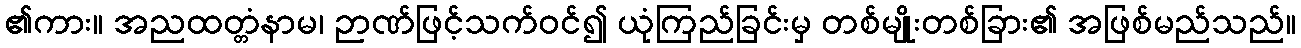
၏ကား။ အညထတ္တံနာမ၊ ဉာဏ်ဖြင့်သက်ဝင်၍ ယုံကြည်ခြင်းမှ တစ်မျိုးတစ်ခြား၏ အဖြစ်မည်သည်။